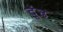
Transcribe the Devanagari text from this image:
दूंढ